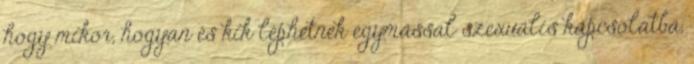
hogy mikor, hogyan és kik léphetnek egymással szexuális kapcsolatba,